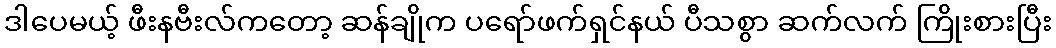
ဒါပေမယ့် ဖီးနဗီးလ်ကတော့ ဆန်ချိုက ပရော်ဖက်ရှင်နယ် ပီသစွာ ဆက်လက် ကြိုးစားပြီး